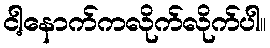
ငါ့နောက်ကလိုက်လိုက်ပါ။